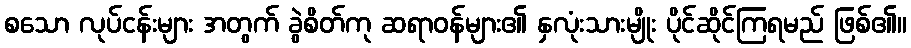
စသော လုပ်ငန်းများ အတွက် ခွဲစိတ်ကု ဆရာဝန်များ၏ နှလုံးသားမျိုး ပိုင်ဆိုင်ကြရမည် ဖြစ်၏။